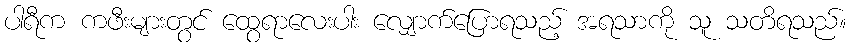
ပါရီက ကဖီးများတွင် ထွေရာလေးပါး လျှောက်ပြောရသည့် အရသာကို သူ သတိရသည်။